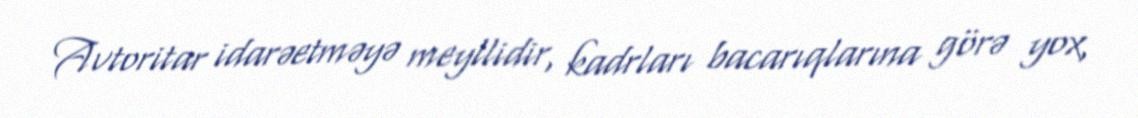
Avtoritar idarəetməyə meyllidir, kadrları bacarıqlarına görə yox,